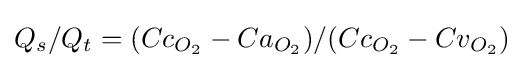
Q_{s}/Q_{t}=(Cc_{O_{2}}-Ca_{O_{2}})/(Cc_{O_{2}}-Cv_{O_{2}})